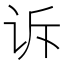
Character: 诉